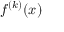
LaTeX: f ^ { ( k ) } ( x )